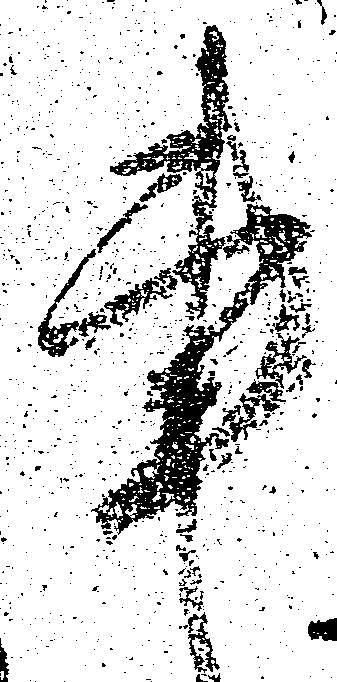
事